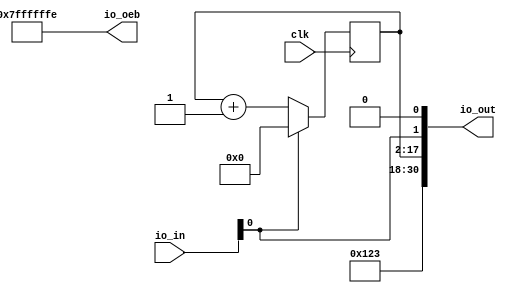
module top(input wire clk, input wire [30:0] io_in, output wire [30:0] io_out, io_oeb);
	wire rst = io_in[0];
	reg [15:0] ctr;

	always @(posedge clk)
		if (rst)
			ctr <= 0;
		else
			ctr <= ctr + 1'b1;

	assign io_out = {13'h123, ctr, rst, 1'b0}; // pass thru reset for debugging
	assign io_oeb = ~(28'b1);
endmodule